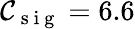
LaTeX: \mathcal{C}_{\mathrm{~s~i~g~}}=6.6